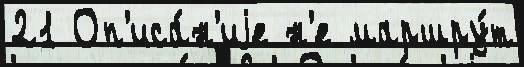
21 Оп'иса́н'иjе н'е маршру́т